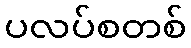
ပလပ်စတစ်